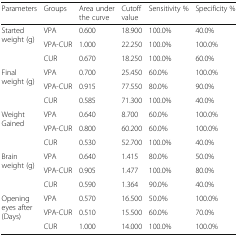
| Parameters | Groups | Area under the curve | Cutoff value | Sensitivity % | Specificity % |
 | --- | --- | --- | --- | --- | --- |
 | <ROWSPAN=3> Started weight (g) | VPA | 0.600 | 18.900 | 100.0% | 40.0% |
 | VPA-CUR | 1.000 | 22.250 | 100.0% | 100.0% |
 | CUR | 0.670 | 18.250 | 100.0% | 60.0% |
 | <ROWSPAN=3> Final weight (g) | VPA | 0.700 | 25.450 | 60.0% | 100.0% |
 | VPA-CUR | 0.915 | 77.550 | 80.0% | 90.0% |
 | CUR | 0.585 | 71.300 | 100.0% | 40.0% |
 | <ROWSPAN=3> Weight Gained | VPA | 0.640 | 8.700 | 60.0% | 100.0% |
 | VPA-CUR | 0.800 | 60.200 | 60.0% | 100.0% |
 | CUR | 0.530 | 52.700 | 100.0% | 40.0% |
 | <ROWSPAN=3> Brain weight (g) | VPA | 0.640 | 1.415 | 80.0% | 50.0% |
 | VPA-CUR | 0.905 | 1.477 | 100.0% | 80.0% |
 | CUR | 0.590 | 1.364 | 90.0% | 40.0% |
 | <ROWSPAN=3> Opening eyes after (Days) | VPA | 0.570 | 16.500 | 50.0% | 100.0% |
 | VPA-CUR | 0.510 | 15.500 | 60.0% | 70.0% |
 | CUR | 1.000 | 14.000 | 100.0% | 100.0% |